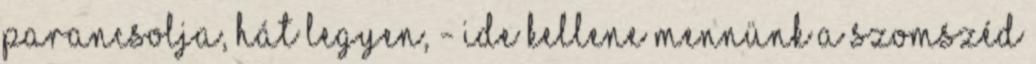
parancsolja, hát legyen, - ide kellene mennünk a szomszéd